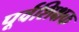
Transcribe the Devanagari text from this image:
पूर्वशिक्षक